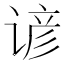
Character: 谚